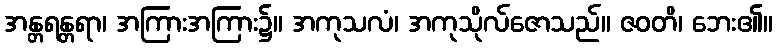
အန္တရန္တရာ၊ အကြားအကြား၌။ အကုသလံ၊ အကုသိုလ်ဇောသည်။ ဇဝတိ၊ ဘေး၏။